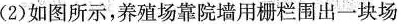
(2) 如图所示，养殖场靠院墙用栅栏围出一块场